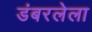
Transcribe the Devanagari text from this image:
डंबरलेला